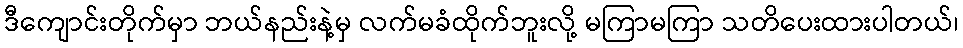
ဒီကျောင်းတိုက်မှာ ဘယ်နည်းနဲ့မှ လက်မခံထိုက်ဘူးလို့ မကြာမကြာ သတိပေးထားပါတယ်၊